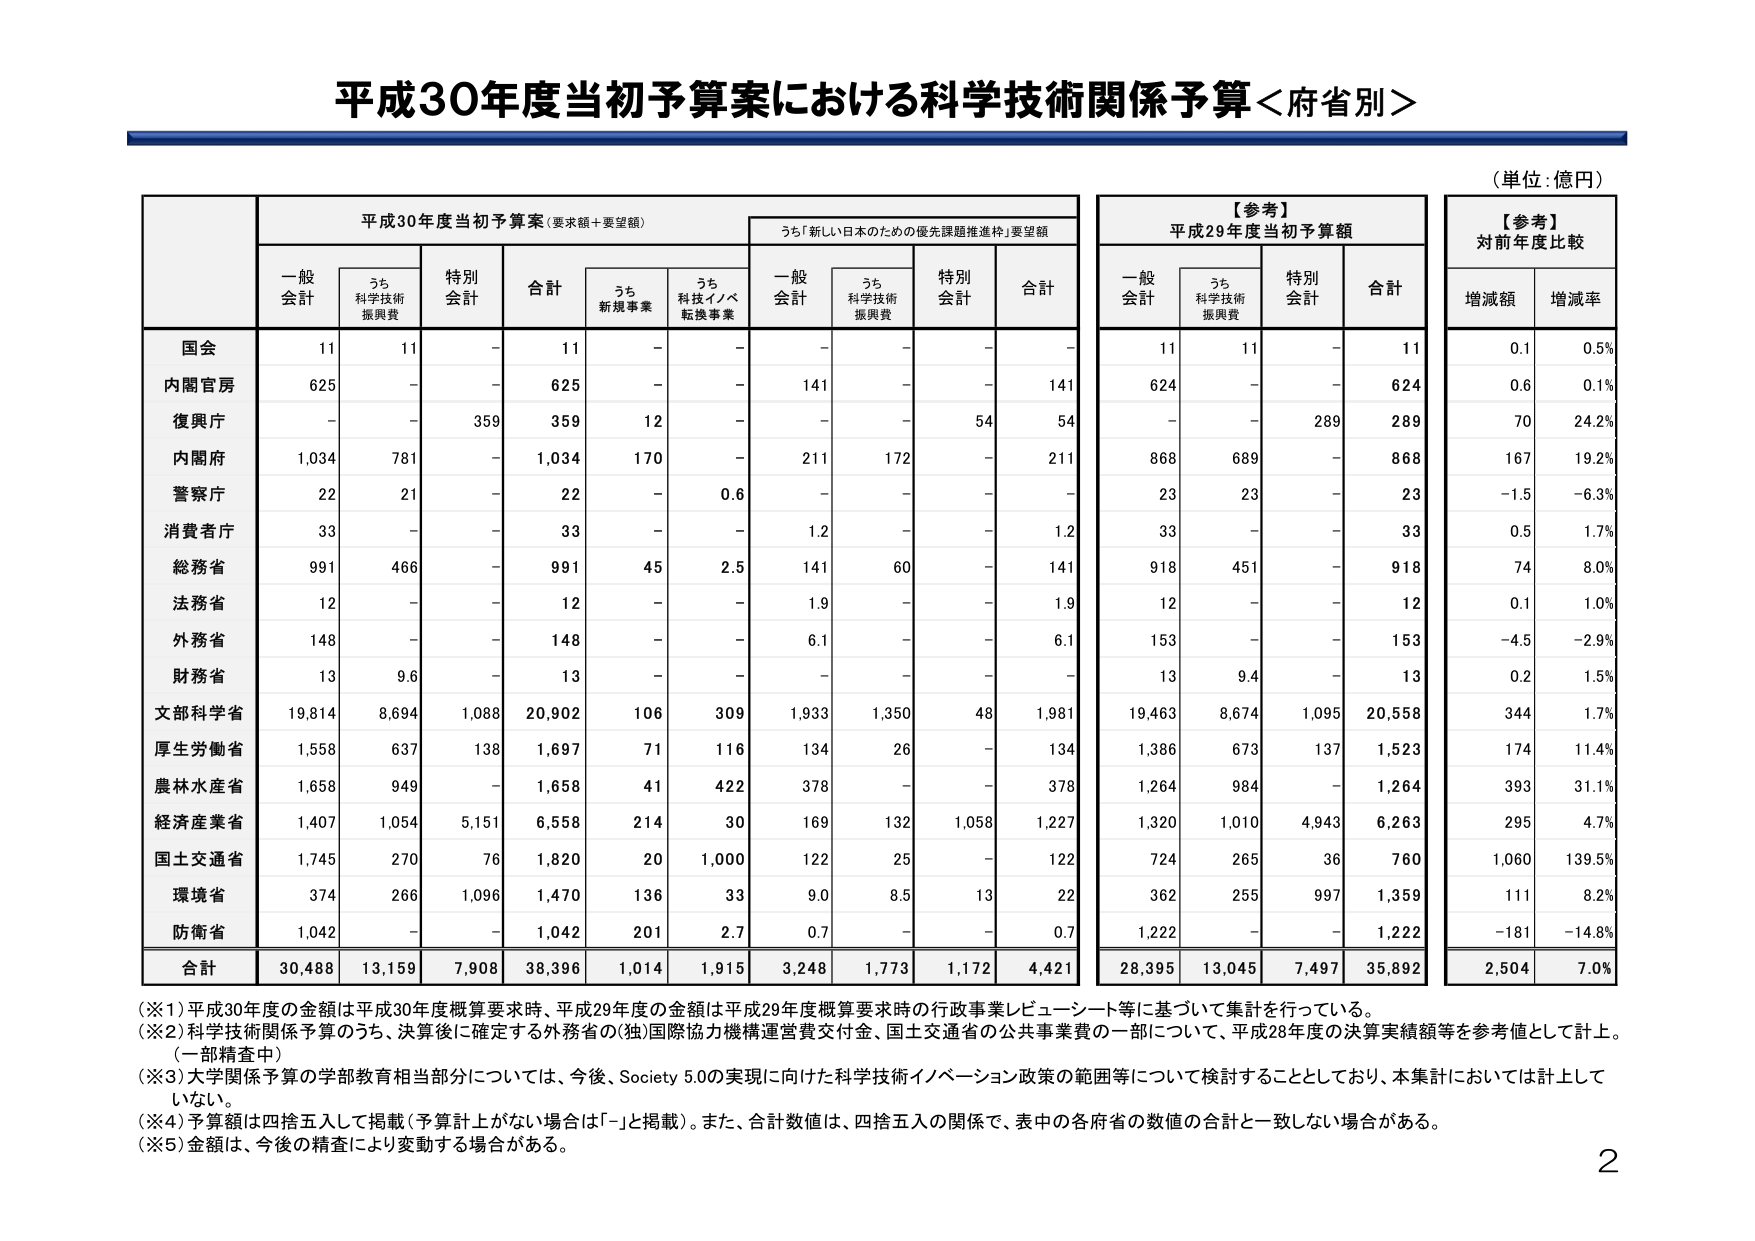
平成30年度当初予算案における科学技術関係予算＜府省別＞

（単位：億円）

平成30年度当初予算案（要求額＋要望額）
うち「新しい日本のための優先課題推進枠」要望額

【参考】
平成29年度当初予算額

【参考】
対前年度比較

一般会計　うち科学技術振興費　特別会計　合計　うち新規事業　うち科技イノベ転換事業　一般会計　うち科学技術振興費　特別会計　合計　一般会計　うち科学技術振興費　特別会計　合計　増減額　増減率

国会　11　11　-　11　-　-　-　-　-　-　11　11　-　11　0.1　0.5%
内閣官房　625　-　-　625　-　-　141　-　-　141　624　-　-　624　0.6　0.1%
復興庁　-　-　359　359　12　-　-　-　54　54　-　-　269　269　70　24.2%
内閣府　1,034　781　-　1,034　170　-　211　172　-　211　868　689　-　868　167　19.2%
警察庁　22　21　-　22　-　0.6　-　-　-　-　23　23　-　23　-1.5　-6.3%
消費者庁　33　-　-　33　-　-　1.2　-　-　1.2　33　-　-　33　0.5　1.7%
総務省　991　466　-　991　45　2.5　141　60　-　141　918　451　-　918　74　8.0%
法務省　12　-　-　12　-　-　1.9　-　-　1.9　12　-　-　12　0.1　1.0%
外務省　148　-　-　148　-　-　6.1　-　-　6.1　153　-　-　153　-4.5　-2.9%
財務省　13　9.6　-　13　-　-　-　-　-　-　13　9.4　-　13　0.2　1.5%
文部科学省　19,814　8,694　1,088　20,902　106　309　1,933　1,350　48　1,981　19,463　8,674　1,095　20,558　344　1.7%
厚生労働省　1,558　637　138　1,697　71　116　134　26　-　134　1,386　673　137　1,523　174　11.4%
農林水産省　1,658　949　-　1,658　41　422　378　-　-　378　1,264　984　-　1,264　393　31.1%
経済産業省　1,407　1,054　5,151　6,558　214　30　169　132　1,058　1,227　1,320　1,010　4,943　6,263　295　4.7%
国土交通省　1,745　270　76　1,820　20　1,000　122　25　-　122　724　265　36　760　1,060　139.5%
環境省　374　266　1,096　1,470　136　33　9.0　8.5　13　22　362　255　997　1,359　111　8.2%
防衛省　1,042　-　-　1,042　201　2.7　0.7　-　-　0.7　1,222　-　-　1,222　-181　-14.8%

合計　30,488　13,159　7,908　38,396　1,014　1,915　3,248　1,773　1,172　4,421　28,395　13,045　7,497　35,892　2,504　7.0%

（※1）平成30年度の金額は平成30年度概算要求時、平成29年度の金額は平成29年度概算要求時の行政事業レビュー・シート等に基づいて集計を行っている。
（※2）科学技術関係予算のうち、決算後に確定する外務省の(独)国際協力機構運営費交付金、国土交通省の公共事業費の一部について、平成28年度の決算実績額等を参考値として計上。（一部精査中）
（※3）大学関係予算の学部教育相当部分については、今後、Society 5.0の実現に向けた科学技術イノベーション政策の範囲等について検討することとしており、本集計においては計上していない。
（※4）予算額は四捨五入して掲載（予算計上がない場合は「-」と掲載）。また、合計数値は、四捨五入の関係で、表中の各府省の数値の合計と一致しない場合がある。
（※5）金額は、今後の精査により変動する場合がある。

2